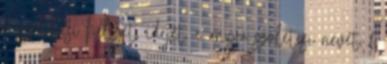
d születési helyét, idejét, e anyja születési nevét, f